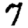
Digit: 7